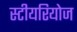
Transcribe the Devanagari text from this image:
स्टीयरियोज